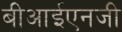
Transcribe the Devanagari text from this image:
बीआईएनजी